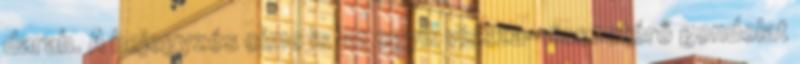
darab. A bejegyzés címe is az egyik vissza-visszatérő gondolat